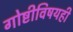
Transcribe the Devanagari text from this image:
गोष्टीविषयही